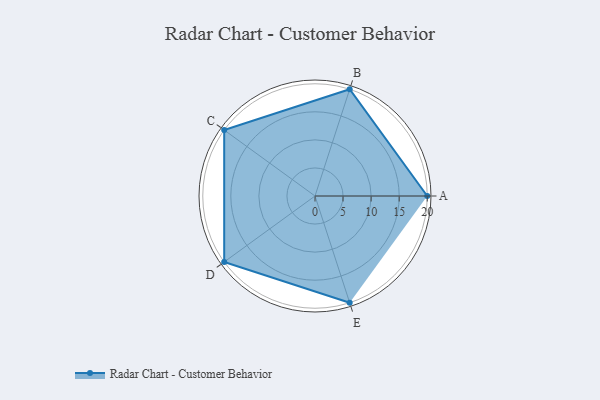
{"axis": {"x": "Skill", "y": "Score"}, "legend": ["Profile"], "data": [{"x": "A", "y": 20, "type": "Profile"}, {"x": "B", "y": 20, "type": "Profile"}, {"x": "C", "y": 20, "type": "Profile"}, {"x": "D", "y": 20, "type": "Profile"}, {"x": "E", "y": 20, "type": "Profile"}]}